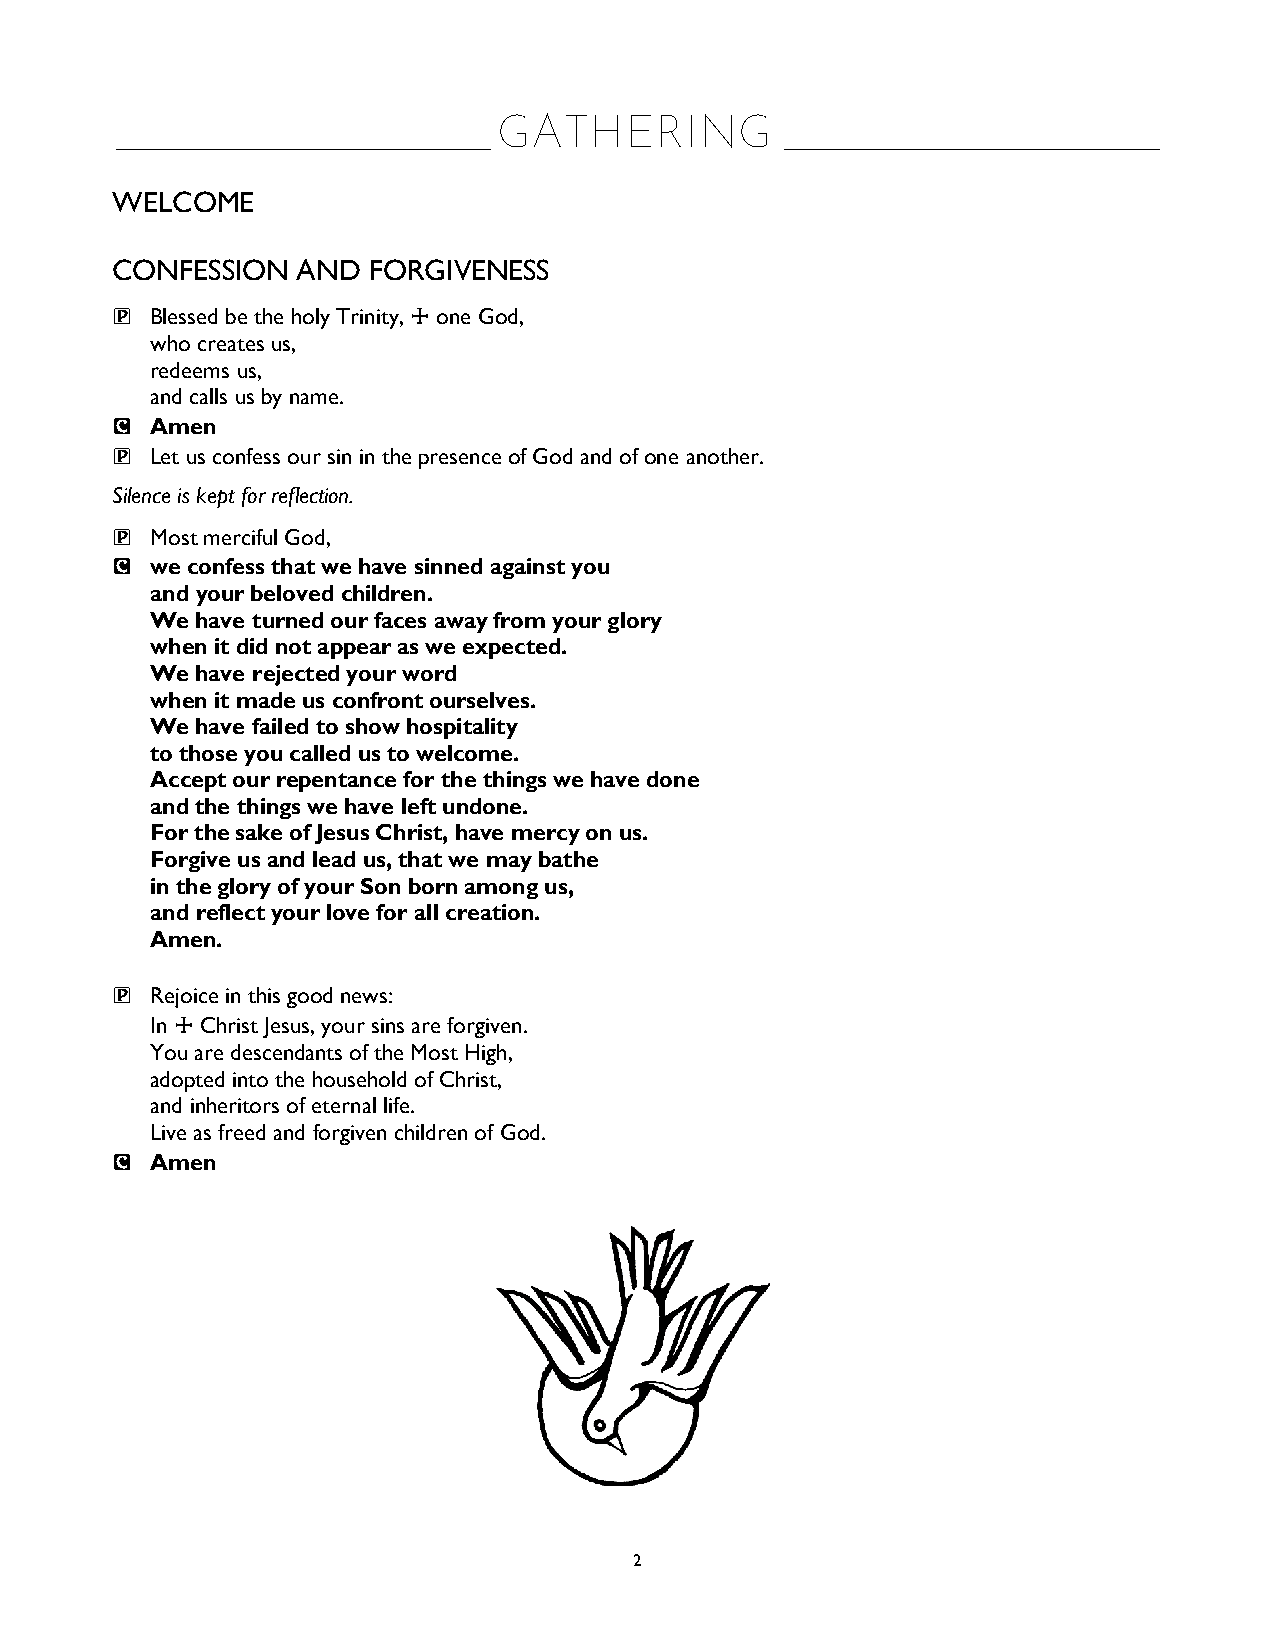
GATHERING
 ______________________________              ______________________________
 WELCOME
 CONFESSION   AND FORGIVENESS
 P  Blessed be the holy Trinity, ☩ one God,
 who creates us,
 redeems us,
 and calls us by name.
 C  Amen
 P  Let us confess our sin in the presence of God and of one another.
 Silence is kept for reflection.
 P  Most merciful God,
 C  we confess that we have sinned against you
 and your beloved children.
 We have turned our faces away from your glory
 when it did not appear as we expected.
 We have rejected your word
 when it made us confront ourselves.
 We have failed to show hospitality
 to those you called us to welcome.
 Accept our repentance for the things we have done
 and the things we have left undone.
 For the sake of Jesus Christ, have mercy on us.
 Forgive us and lead us, that we may bathe
 in the glory of your Son born among us,
 and reflect your love for all creation.
 Amen.
 P  Rejoice in this good news:
 In ☩ Christ Jesus, your sins are forgiven.
 You are descendants of the Most High,
 adopted into the household of Christ,
 and inheritors of eternal life.
 Live as freed and forgiven children of God.
 C  Amen
 2